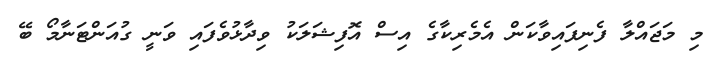
މި މަޖައްލާ ފެނިފައިވާކަން އެމެރިކާގެ އިސް އޮފިޝަލަކު ވިދާޅުވެފައި ވަނީ ގުއަންޓަނާމޯ ބޭ